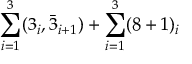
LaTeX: \sum _ { i = 1 } ^ { 3 } ( 3 _ { i } , \bar { 3 } _ { i + 1 } ) + \sum _ { i = 1 } ^ { 3 } ( 8 + 1 ) _ { i }